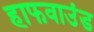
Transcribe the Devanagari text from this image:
हाफवाउंड